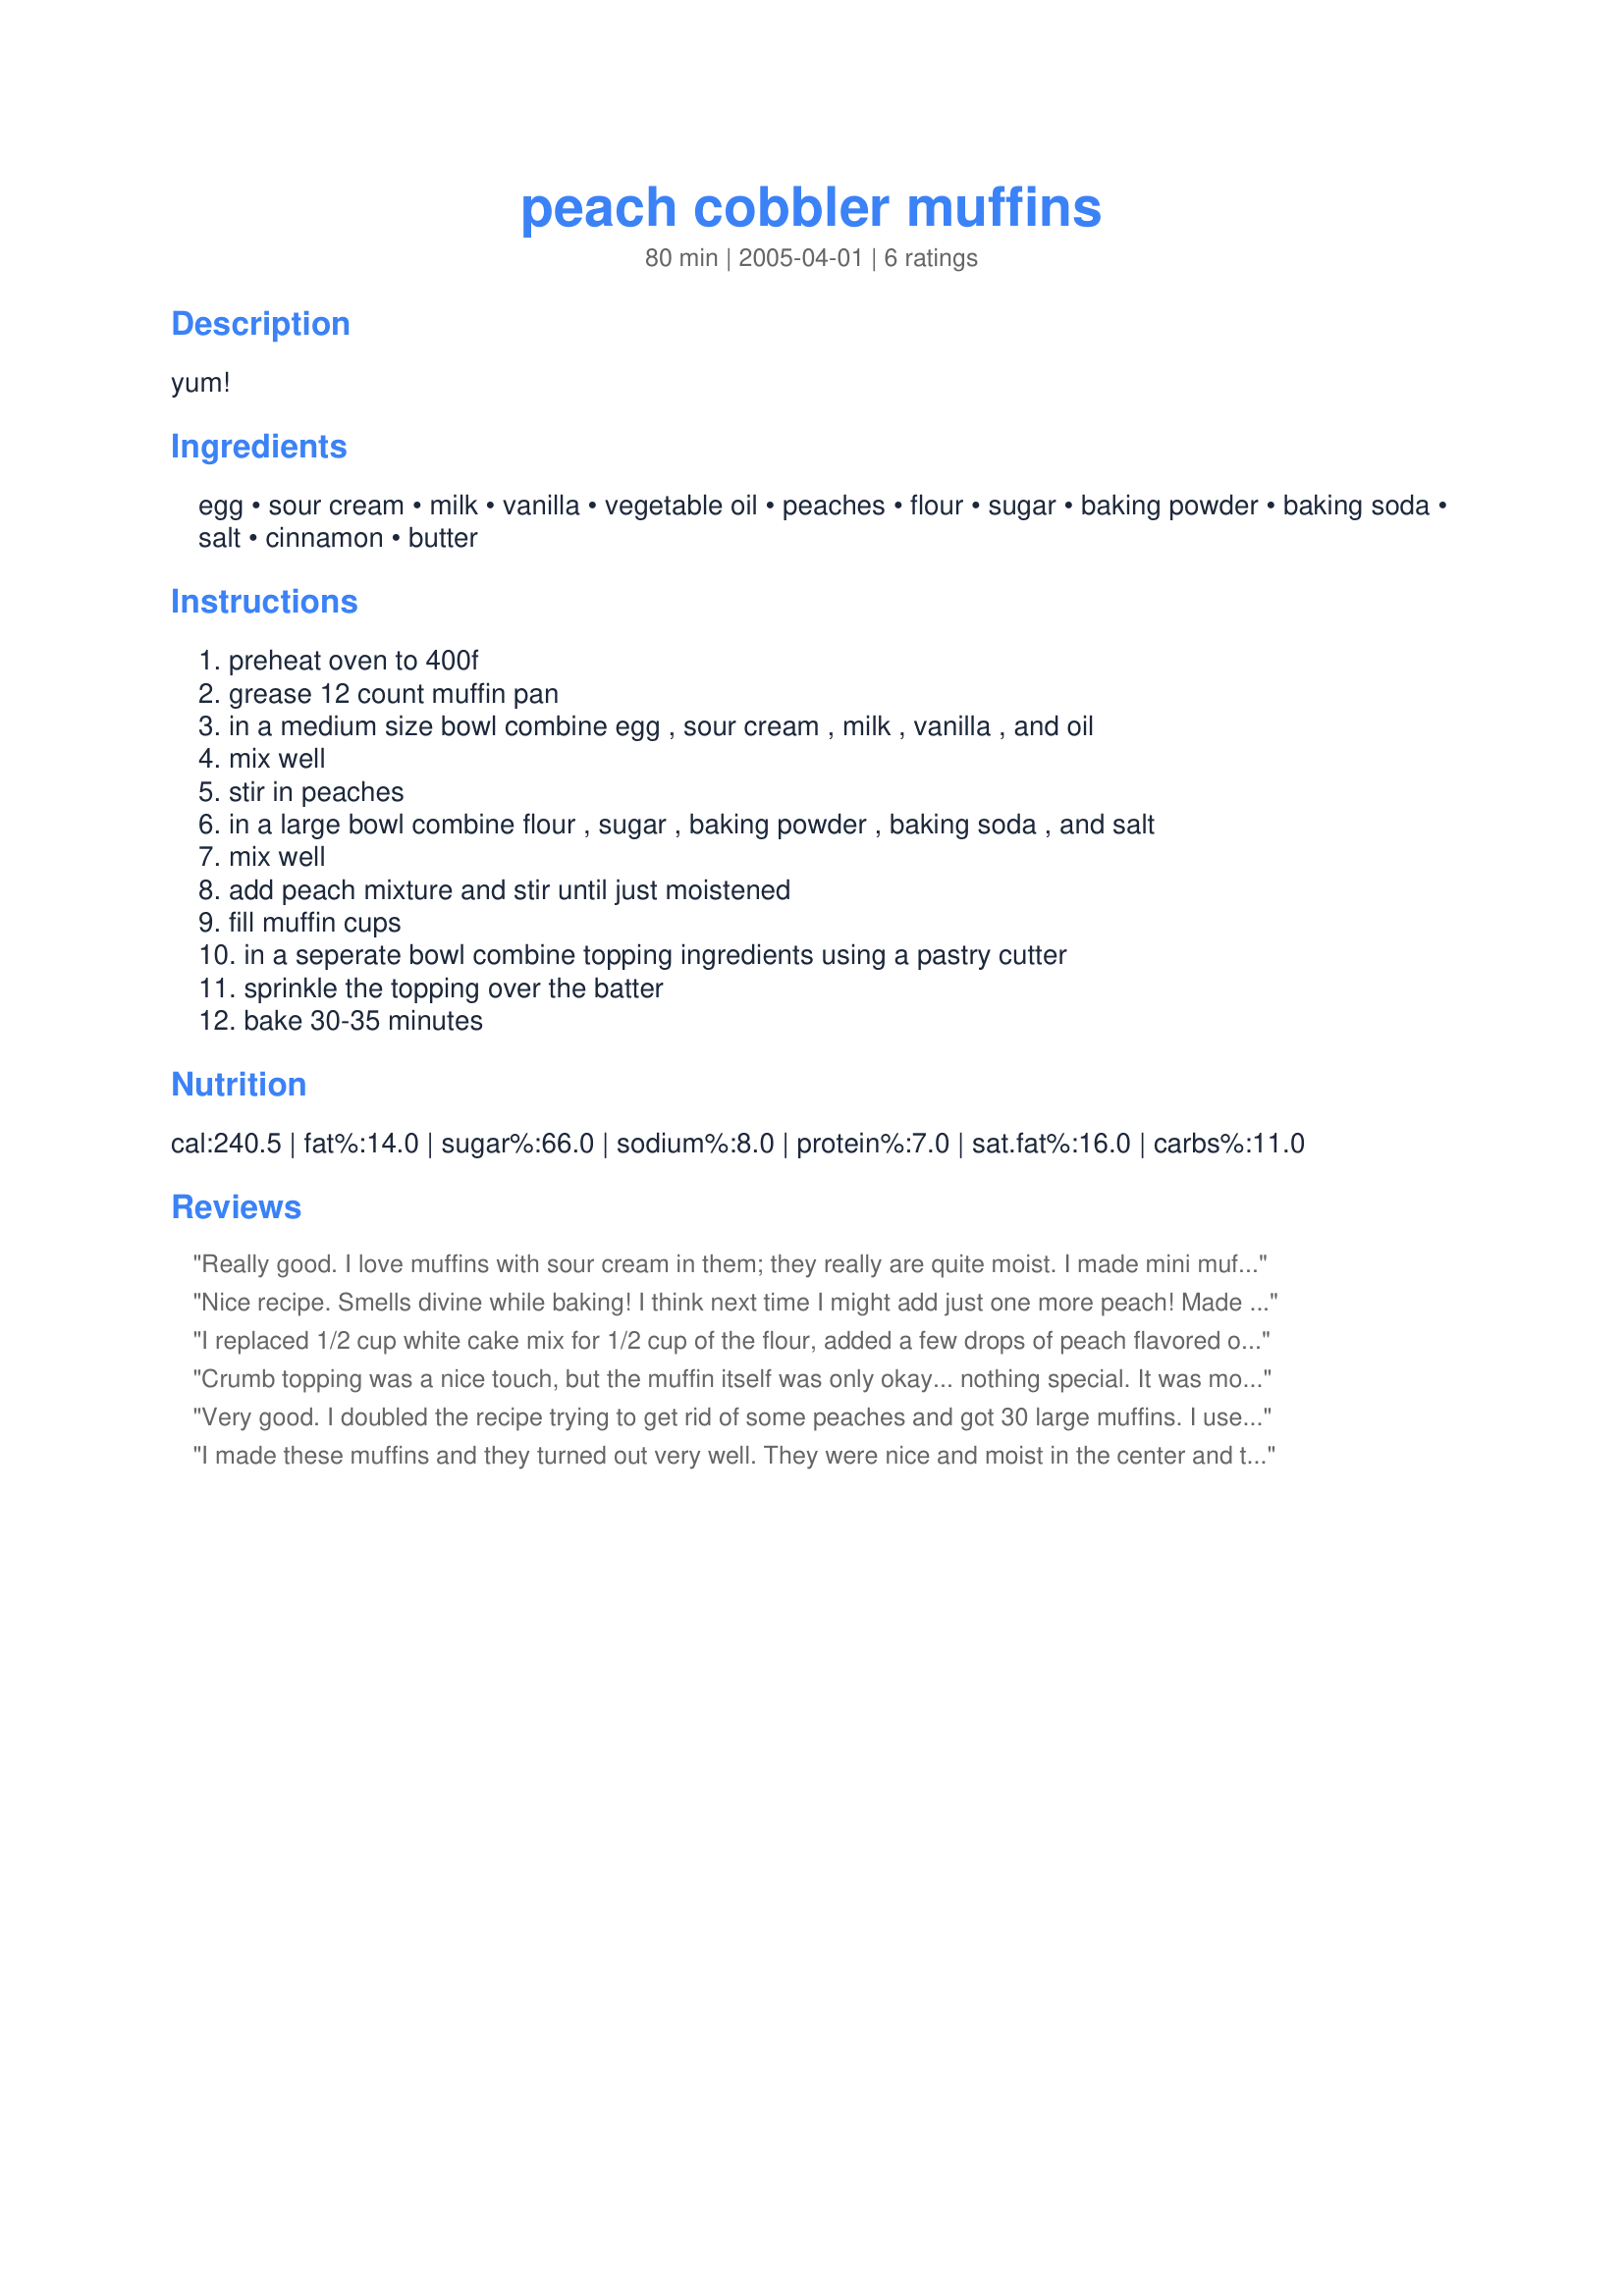
peach cobbler muffins
Preparation time: 80 minutes

yum!

Ingredients:
egg, sour cream, milk, vanilla, vegetable oil, peaches, flour, sugar, baking powder, baking soda, salt, cinnamon, butter

Steps:
preheat oven to 400f, grease 12 count muffin pan, in a medium size bowl combine egg , sour cream , milk , vanilla , and oil, mix well, stir in peaches, in a large bowl combine flour , sugar , baking powder , baking soda , and salt, mix well, add peach mixture and stir until just moistened, fill muffin cups, in a seperate bowl combine topping ingredients using a pastry cutter, sprinkle the topping over the batter, bake 30-35 minutes

Reviews:
Really good. I love muffins with sour cream in them; they really are quite moist. I made mini muffins and left off the streusal. I used half whole-wheat flour & half white, and I diced the peaches pretty small since I did mini muffins. Served at a brunch with friends, and everyone loved them. I have about 15 left and plan to freeze them for later! Thanks :)
Nice recipe. Smells divine while baking! I think next time I might add just one more peach! Made about 15 large muffins!
I replaced 1/2 cup white cake mix for 1/2 cup of the flour, added a few drops of peach flavored oil from Lorann, and I held out the milk and the peaches when mixing, I alternated milk and flour mixture just to combine (some white spots are ok) then floured the peaches so they didn't all sink to the bottom of the batter when baking and gently folded them into the batter (do not overmix or batter will be dense), spray the top of the muffin pan with non-stick (and I used cupcake papers) baked for 20 minutes then added the crumble topping, and finished with 15 minutes, let rest in the pan 5 to 7 minutes then placed on a cooking rack, turned out awesome !
Crumb topping was a nice touch, but the muffin itself was only okay... nothing special. It was moist, but needed more (maybe cinnamon in the batter?). There are better muffin recipes. Not horrible, but wouldn't make it again.
Very good. I doubled the recipe trying to get rid of some peaches and got 30 large muffins. I used 2 extra peaches and think it was the perfect amount. I omitted the strusel topping and just sprinkled with some cinnamon instead. These are moist and tasty. Thanks!
I made these muffins and they turned out very well. They were nice and moist in the center and taste great.

I made them w/ splenda, fat free sour cream, and skim milk.
